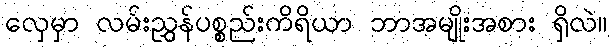
လှေမှာ လမ်းညွှန်ပစ္စည်းကိရိယာ ဘာအမျိုးအစား ရှိလဲ။